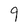
Character: 9